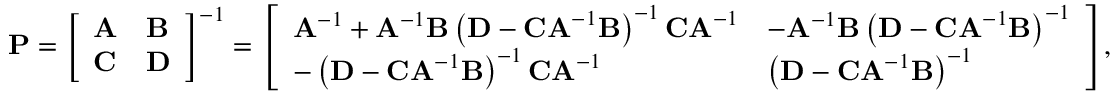
\mathbf { P } = { \left[ \begin{array} { l l } { \mathbf { A } } & { \mathbf { B } } \\ { \mathbf { C } } & { \mathbf { D } } \end{array} \right] } ^ { - 1 } = { \left[ \begin{array} { l l } { \mathbf { A } ^ { - 1 } + \mathbf { A } ^ { - 1 } \mathbf { B } \left( \mathbf { D } - \mathbf { C A } ^ { - 1 } \mathbf { B } \right) ^ { - 1 } \mathbf { C A } ^ { - 1 } } & { - \mathbf { A } ^ { - 1 } \mathbf { B } \left( \mathbf { D } - \mathbf { C A } ^ { - 1 } \mathbf { B } \right) ^ { - 1 } } \\ { - \left( \mathbf { D } - \mathbf { C A } ^ { - 1 } \mathbf { B } \right) ^ { - 1 } \mathbf { C A } ^ { - 1 } } & { \left( \mathbf { D } - \mathbf { C A } ^ { - 1 } \mathbf { B } \right) ^ { - 1 } } \end{array} \right] } ,